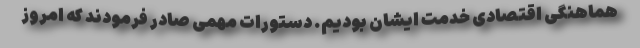
هماهنگی اقتصادی خدمت ایشان بودیم. دستورات مهمی صادر فرمودند که امروز